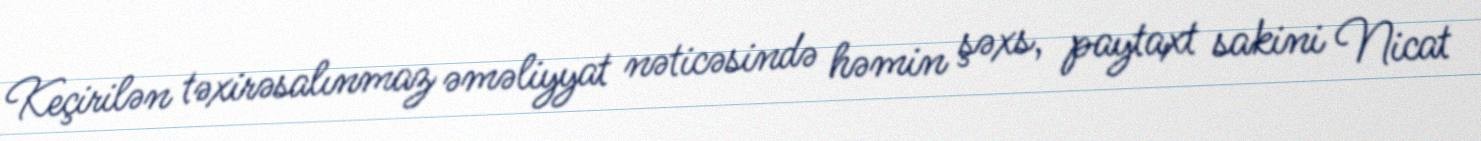
Keçirilən təxirəsalınmaz əməliyyat nəticəsində həmin şəxs, paytaxt sakini Nicat